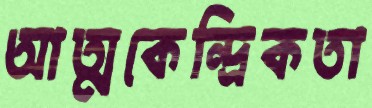
আত্মকেন্দ্রিকতা